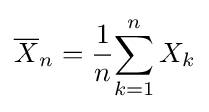
{\overline {X}}_{n}={\frac {1}{n}}{\sum _{k=1}^{n}X_{k}}